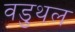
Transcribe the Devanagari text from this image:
वडुथल